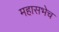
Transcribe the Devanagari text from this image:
महासभेच